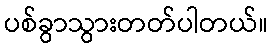
ပစ်ခွာသွားတတ်ပါတယ်။